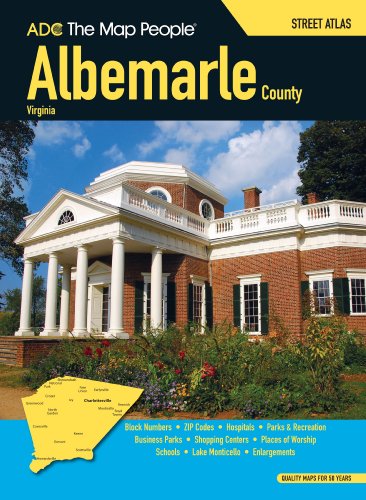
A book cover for ADCS Street Atlas Albemarle County, Virginia; the Map People ADC; Travel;